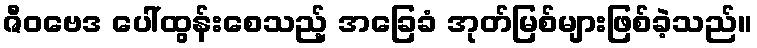
ဇီဝဗေဒ ပေါ်ထွန်းစေသည့် အခြေခံ အုတ်မြစ်များဖြစ်ခဲ့သည်။